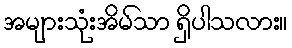
အများသုံးအိမ်သာ ရှိပါသလား။